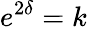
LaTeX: e^{2\delta}=k